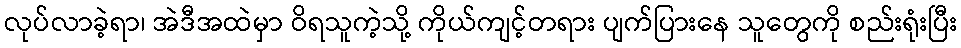
လုပ်လာခဲ့ရာ၊ အဲဒီအထဲမှာ ဝိရသူကဲ့သို့ ကိုယ်ကျင့်တရား ပျက်ပြားနေ သူတွေကို စည်းရုံးပြီး